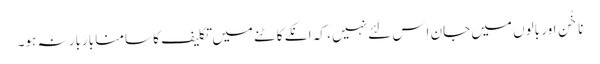
ناخُن اور بالوں میں جان اِس لئے نہیں ، کہ انکے کاٹنے میں تکلیف کا سامنا باربار نہ ہو۔